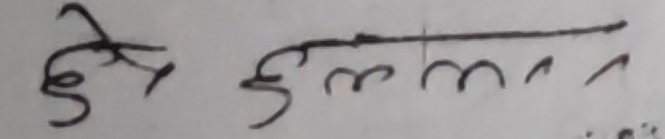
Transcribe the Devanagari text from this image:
छूँठल्लन